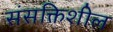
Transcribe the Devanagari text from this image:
संसक्तिशील